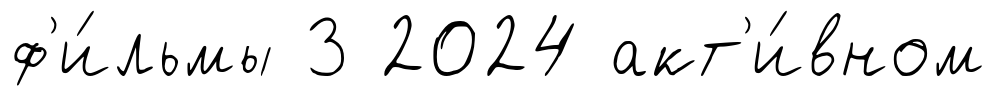
ф'и́льмы 3 2024 акт'и́вном